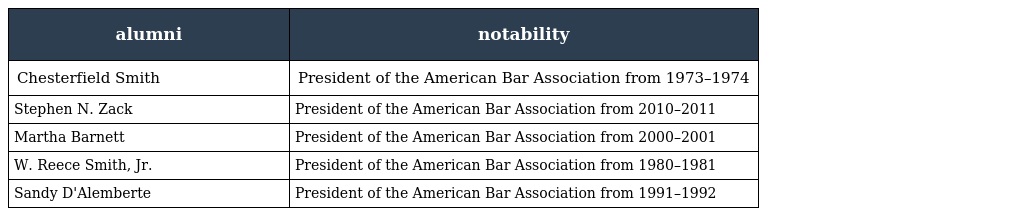
| alumni | notability |
 | --- | --- |
 | Chesterfield Smith | President of the American Bar Association from 1973–1974 |
 | Stephen N. Zack | President of the American Bar Association from 2010–2011 |
 | Martha Barnett | President of the American Bar Association from 2000–2001 |
 | W. Reece Smith, Jr. | President of the American Bar Association from 1980–1981 |
 | Sandy D'Alemberte | President of the American Bar Association from 1991–1992 |